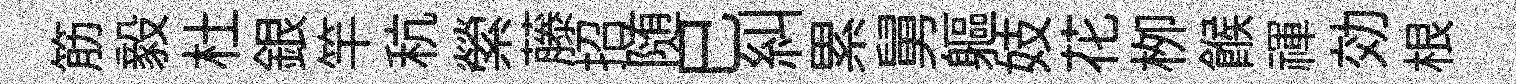
筋毅杜銀竿秔縈藤招随巳糾累舅軀妓花栁餱禈効根